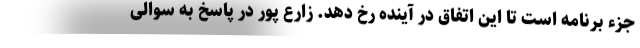
جزء برنامه است تا این اتفاق در آینده رخ دهد. زارع پور در پاسخ به سوالی